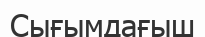
Сығымдағыш